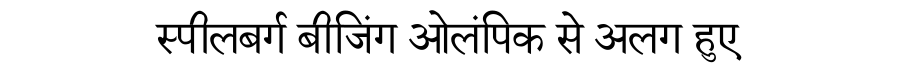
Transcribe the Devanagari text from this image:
स्पीलबर्ग बीजिंग ओलंपिक से अलग हुए